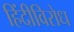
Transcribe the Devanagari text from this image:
हिंदीविरोध